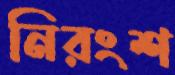
নিরংশ